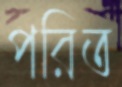
পরিত